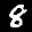
Label: 8